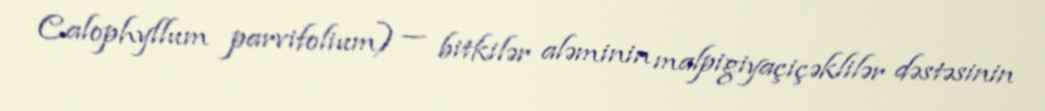
Calophyllum parvifolium) — bitkilər aləminin malpigiyaçiçəklilər dəstəsinin